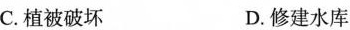
C.植被破坏 D.修建水库